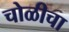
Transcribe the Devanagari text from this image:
चोळीचा